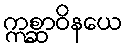
ဣစ္ဆာဝိနယေ